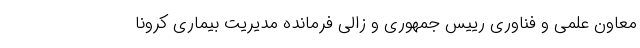
معاون علمی و فناوری رییس جمهوری و زالی فرمانده مدیریت بیماری کرونا